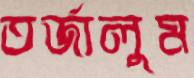
তর্জালুম